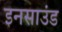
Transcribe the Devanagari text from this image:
इनसाउंड